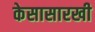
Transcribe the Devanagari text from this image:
केसासारखी